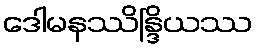
ဒေါမနဿိန္ဒြိယဿ